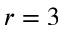
r = 3